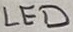
Text: LED